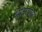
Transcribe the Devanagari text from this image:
भीतरपार्क